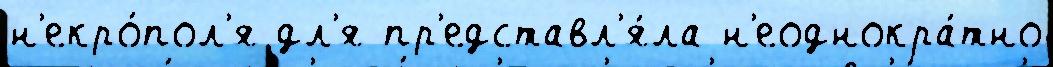
н'екро́пол'я дл'я пр'едставл'я́ла н'еоднокра́тно